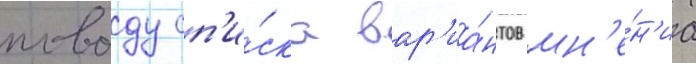
поводу сп'и́ска вар'иа́нтов мн'е́н'иа